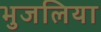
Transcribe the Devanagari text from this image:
भुजलिया